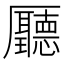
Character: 㕔